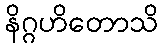
နိဂ္ဂဟိတောသိ